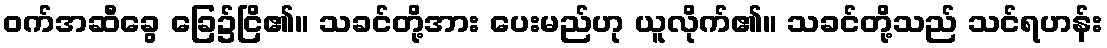
ဝက်အဆီခွေ ခြေ၌ငြိ၏။ သခင်တို့အား ပေးမည်ဟု ယူလိုက်၏။ သခင်တို့သည် သင်ရဟန်း